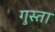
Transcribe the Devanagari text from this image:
गुस्ता